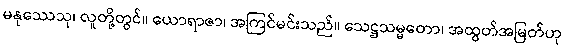
မနုဿေသု၊ လူတို့တွင်။ ယောရာဇာ၊ အကြင်မင်းသည်။ သေဋ္ဌသမ္မတော၊ အထွတ်အမြတ်ဟု